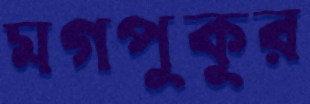
মগপুকুর